system: You are a helpful assistant.
user:
Analyze the provided spectrum to determine if it is a **S-type Star**.

- **Key Indicators for S-type Star:**

    - **(Overall Spectrum Shape):** The first and most obvious characteristic is the overall continuum (the "baseline" shape). It is **extremely "red-sloping,"** meaning the flux (light intensity) is very low on the left side (blue, ~4000-4500 Å) and rises steeply and continuously toward the right side (red, ~7000 Å+).

    - **(Primary):** The spectrum is defined by the presence of strong, broad molecular absorption "valleys" (bands) from **Zirconium Oxide (ZrO)**. The identification of these bands is the **primary requirement** for classifying a star as S-type.
        - **(Key Bandheads):** You must find distinct, deep "dips" where the light has been absorbed. The most critical band systems to locate are:
            - **~6474 Å** ($\gamma$-system): This is often the strongest and clearest ZrO feature, found in the red part of the spectrum.
            - **~5718 Å** & **~5551 Å** ($\beta$-system): A pair of prominent absorption features in the yellow-orange part of the spectrum.
            - **~4640 Å** ($\alpha$-system): A key absorption band system in the blue-green region of the spectrum.

    - **(Secondary Confirmation):** The classification is strengthened by finding additional absorption bands from other related heavy element oxides, which are expected to be present alongside ZrO.
        - **(Key Bandheads):**
            - **Yttrium Oxide (YO):** Look for absorption dips near **~4800 Å** and **~6100 Å**.
            - **Lanthanum Oxide (LaO):** Additional absorption features, particularly in the red-orange part of the spectrum, are also characteristic.

    - **(Line Profile):** The combination of the steep red continuum and these numerous, deep molecular bands (ZrO, YO, etc.) gives the entire spectrum a very **"chopped-up"** or **"bumpy"** appearance. Instead of a smooth curve, the spectrum looks as though large, wide chunks of light have been "carved out" of it at the specific wavelengths listed above.

Think first, call **spectral_visualization_tool** if needed to examine features in detail, then provide your final answer. Your response must adhere to the following strict rules:
1.  **Overall Structure:** Your response must follow the format `<think>...</think> <tool_call>...</tool_call> (if a tool is used) <answer>...</answer>`.
2.  **Tool Usage Constraint:** You may only make **one** tool call per turn.
3.  **Final Answer Format:** In the `<answer>` tag, your conclusion must be inside a `\boxed{}` command (e.g., `\boxed{YES}` or `\boxed{NO}`), followed by your justification.

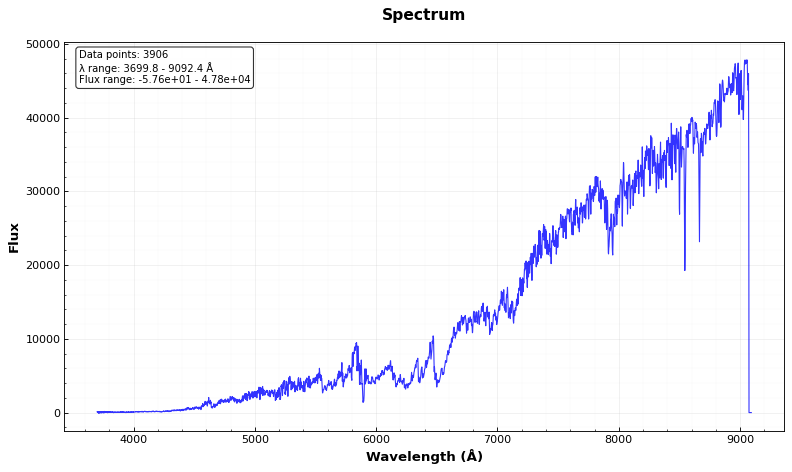
Answer: YES